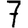
Digit: 7